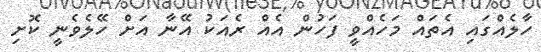
ހާލެއްގައި އެތައް މަހެއްވީ ފަހުން އެއް ރެއަކު އޭނާ އަށް ހޭލެވެނީ ކޮށި